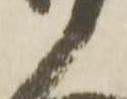
衛